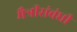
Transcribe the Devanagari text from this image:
मैत्रीसंबंधी